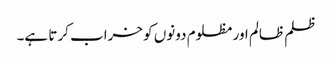
ظلم ظالم اور مظلوم دونوں کو خراب کرتا ہے۔